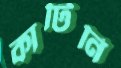
কাটিনি